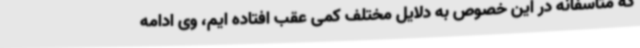
که متاسفانه در این خصوص به دلایل مختلف کمی عقب افتاده ایم، وی ادامه